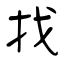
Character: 找